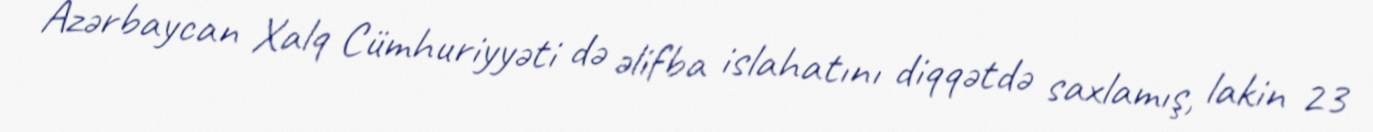
Azərbaycan Xalq Cümhuriyyəti də əlifba islahatını diqqətdə saxlamış, lakin 23